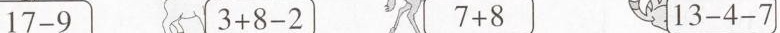
$$1 7 - 9$$ $$3 + 8 - 2$$ $$7 + 8$$ $$1 3 - 4 - 7$$